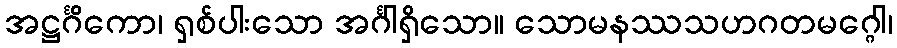
အဋ္ဌင်္ဂိကော၊ ရှစ်ပါးသော အင်္ဂါရှိသော။ သောမနဿသဟဂတမဂ္ဂေါ၊